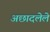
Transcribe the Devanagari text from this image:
अछादलेले